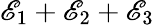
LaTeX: \mathscr{E}_{1}+\mathscr{E}_{2}+\mathscr{E}_{3}